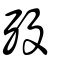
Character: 殁